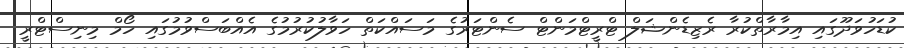
ކުޑަހުވަދޫގައި އިމާރާތްކުރާ ރެޒިޑެންޝަލް ޓްރީޓްމަންޓް ސެންޓަރުގެ މަސައްކަތް ހަވާލުކުރުމުގެ އެއްބަސްވުމުގައި ހޯމް މިނިސްޓްރީ